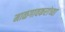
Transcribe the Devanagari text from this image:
माळगावकरांच्या